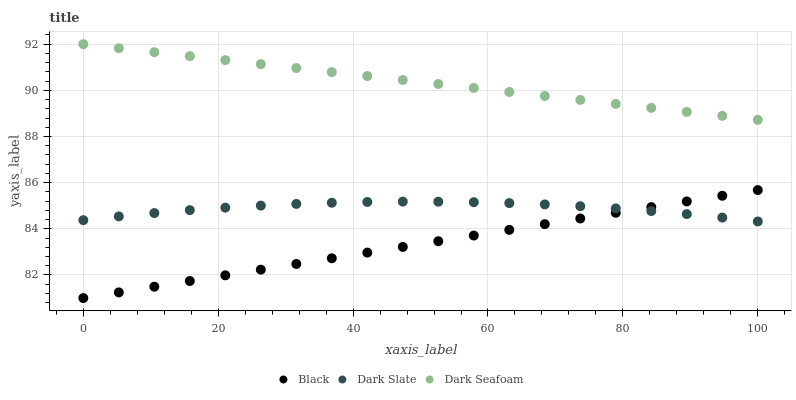
| xaxis_label | Black | Dark Slate | Dark Seafoam |
 | --- | --- | --- | --- |
 | 0 | 81 | 84.4 | 92 |
 | 5.26 | 81.2 | 84.5 | 91.8 |
 | 10.5 | 81.5 | 84.7 | 91.7 |
 | 15.8 | 81.7 | 84.8 | 91.5 |
 | 21.1 | 82 | 84.9 | 91.3 |
 | 26.3 | 82.2 | 85 | 91.1 |
 | 31.6 | 82.5 | 85.1 | 91 |
 | 36.8 | 82.7 | 85.1 | 90.8 |
 | 42.1 | 83 | 85.2 | 90.6 |
 | 47.4 | 83.2 | 85.2 | 90.4 |
 | 52.6 | 83.5 | 85.2 | 90.3 |
 | 57.9 | 83.7 | 85.2 | 90.1 |
 | 63.2 | 84 | 85.1 | 89.9 |
 | 68.4 | 84.2 | 85.1 | 89.8 |
 | 73.7 | 84.4 | 85 | 89.6 |
 | 78.9 | 84.7 | 84.9 | 89.4 |
 | 84.2 | 84.9 | 84.8 | 89.2 |
 | 89.5 | 85.2 | 84.6 | 89.1 |
 | 94.7 | 85.4 | 84.5 | 88.9 |
 | 100 | 85.7 | 84.3 | 88.7 |